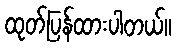
ထုတ်ပြန်ထားပါတယ်။